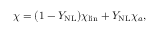
\chi = ( 1 - Y _ { \mathrm { { N L } } } ) \chi _ { \mathrm { { l i n } } } + Y _ { \mathrm { { N L } } } \chi _ { a } ,